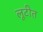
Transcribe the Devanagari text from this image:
लूटीत